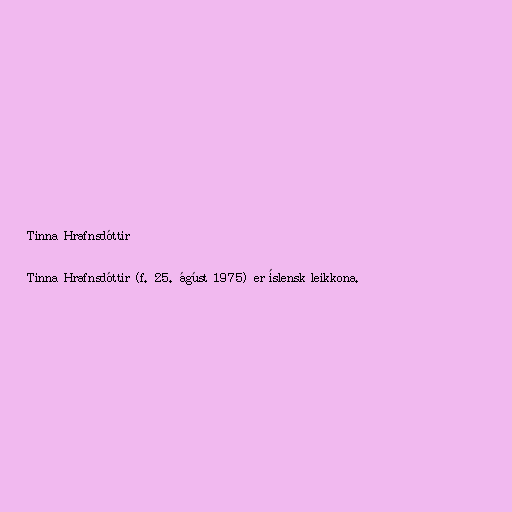
Tinna Hrafnsdóttir

Tinna Hrafnsdóttir (f. 25. ágúst 1975) er íslensk leikkona.